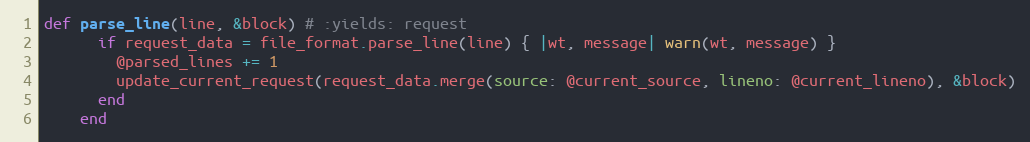
Language: Ruby
def parse_line(line, &block) # :yields: request
      if request_data = file_format.parse_line(line) { |wt, message| warn(wt, message) }
        @parsed_lines += 1
        update_current_request(request_data.merge(source: @current_source, lineno: @current_lineno), &block)
      end
    end